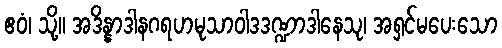
ဧဝံ၊ သို့။ အဒိန္နာဒါနဂရဟမုသာဝါဒဒဏ္ဍာဒါနေသု၊ အရှင်မပေးသော